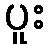
ပူး